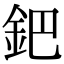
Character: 鈀